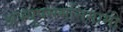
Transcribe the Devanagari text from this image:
अभ्युपगमनिगामी